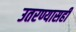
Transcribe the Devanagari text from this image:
उतरण्यासही